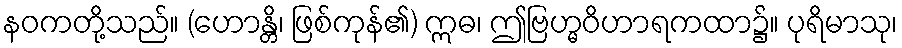
နဝကတို့သည်။ (ဟောန္တိ၊ ဖြစ်ကုန်၏) ဣဓ၊ ဤဗြဟ္မဝိဟာရကထာ၌။ ပုရိမာသု၊